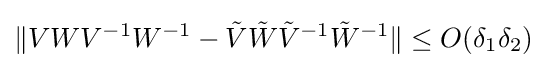
\|VWV^{-1}W^{-1}-{\tilde {V}}{\tilde {W}}{\tilde {V}}^{-1}{\tilde {W}}^{-1}\|\leq O(\delta _{1}\delta _{2})